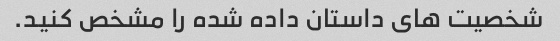
شخصیت های داستان داده شده را مشخص کنید.